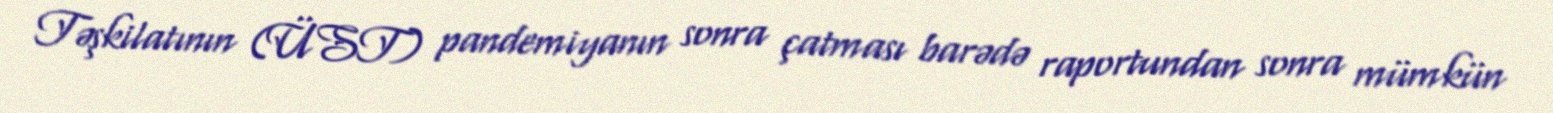
Təşkilatının (ÜST) pandemiyanın sonra çatması barədə raportundan sonra mümkün